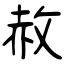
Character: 赦